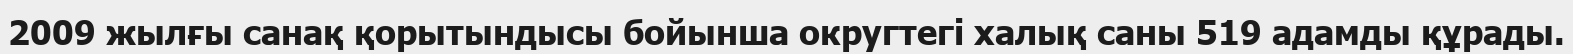
2009 жылғы санақ қорытындысы бойынша округтегі халық саны 519 адамды құрады.